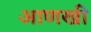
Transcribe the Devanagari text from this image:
अाणखी